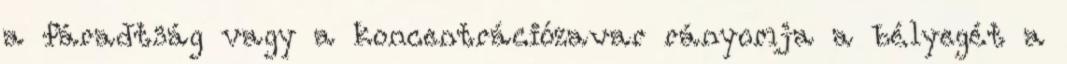
a fáradtság vagy a koncentrációzavar rányomja a bélyegét a